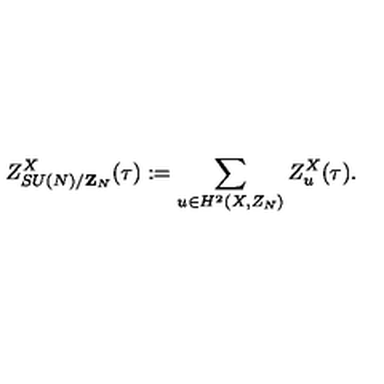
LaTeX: Z _ { S U ( N ) / { \bf Z } _ { N } } ^ { X } ( \tau ) : = \sum _ { u \in H ^ { 2 } ( X , Z _ { N } ) } Z _ { u } ^ { X } ( \tau ) .